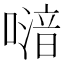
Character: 𠽪